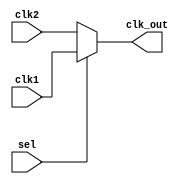
// This program was cloned from: https://github.com/chipsalliance/aib-phy-hardware
// License: Apache License 2.0

// SPDX-License-Identifier: Apache-2.0
// Copyright (C) 2019 Intel Corporation. 
module cfg_cmn_clk_mux (
  input  clk1,
  input  clk2,
  input  sel,
  output clk_out
);

  assign clk_out = sel ? clk1 : clk2;

endmodule